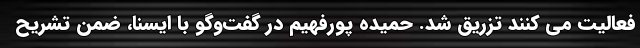
فعالیت می کنند تزریق شد. حمیده پورفهیم در گفت‌وگو با ایسنا، ضمن تشریح